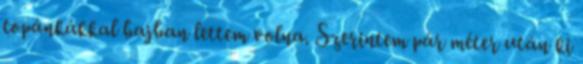
topánkákkal bajban lettem volna. Szerintem pár méter után ki